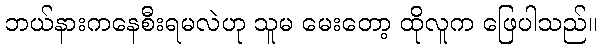
ဘယ်နားကနေစီးရမလဲဟု သူမ မေးတော့ ထိုလူက ဖြေပါသည်။